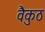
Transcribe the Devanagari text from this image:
वैकुठ